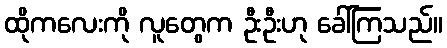
ထိုကလေးကို လူတွေက ဦးဦးဟု ခေါ်ကြသည်။